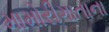
મામોરીગાતાના